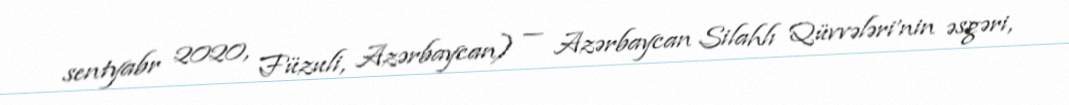
sentyabr 2020, Füzuli, Azərbaycan) — Azərbaycan Silahlı Qüvvələri'nin əsgəri,